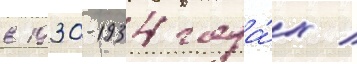
в 1930-1934 года́х /